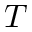
T